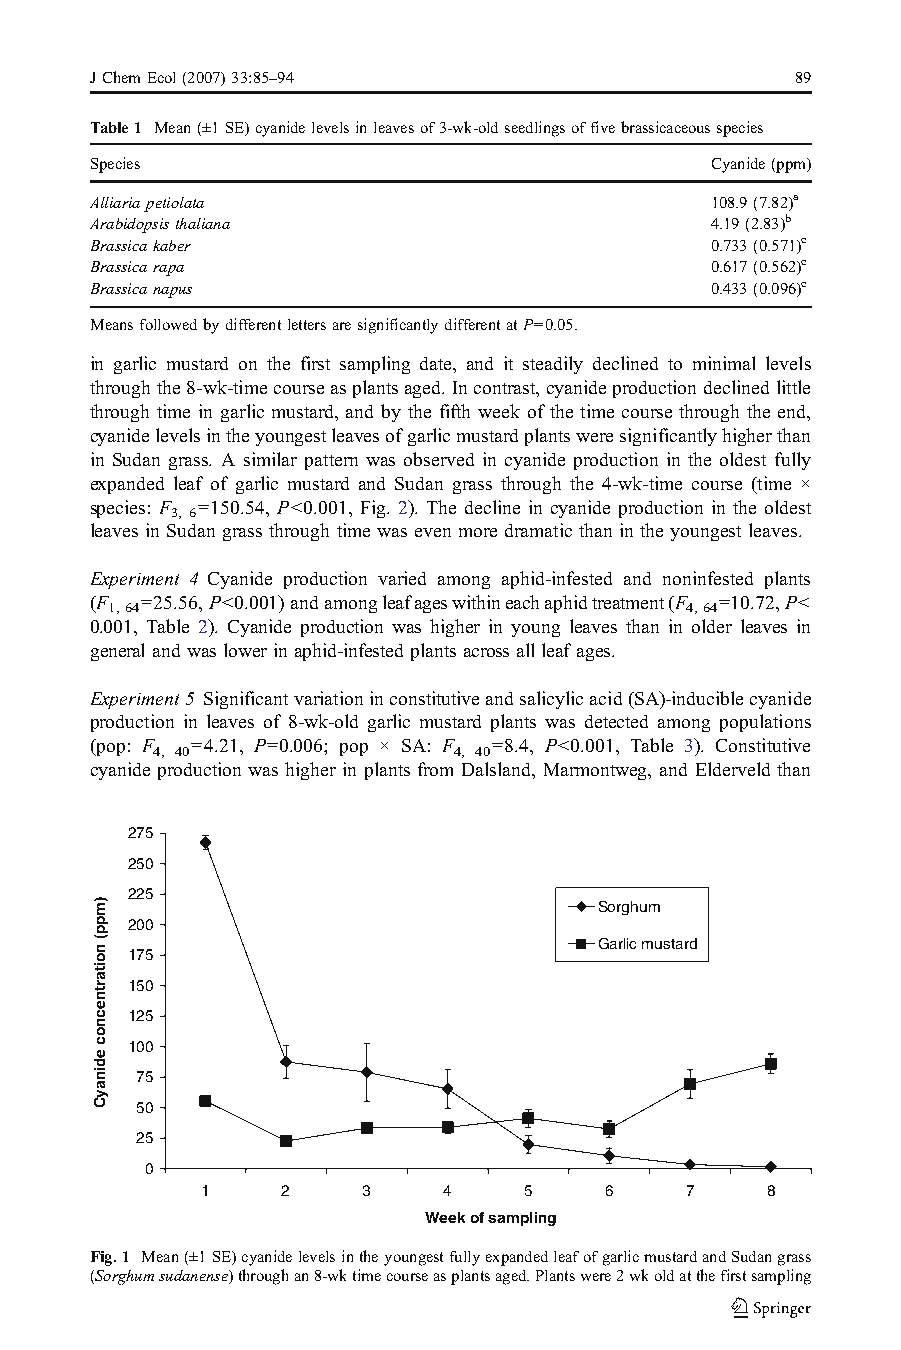
JChemEcol(2007)33:85–94                        89
 Table1 Mean(±1SE)cyanidelevelsinleavesof3-wk-oldseedlingsoffivebrassicaceousspecies
 Species                                  Cyanide(ppm)
 Alliariapetiolata                        108.9(7.82)a
 Arabidopsisthaliana                      4.19(2.83)b
 Brassicakaber                            0.733(0.571)c
 Brassicarapa                             0.617(0.562)c
 Brassicanapus                            0.433(0.096)c
 MeansfollowedbydifferentlettersaresignificantlydifferentatP=0.05.
 in garlic mustard on the first sampling date, and it steadily declined to minimal levels
 throughthe8-wk-timecourseasplantsaged.Incontrast,cyanideproductiondeclinedlittle
 through time in garlic mustard, and by the fifth week of the time course through the end,
 cyanidelevelsintheyoungestleavesofgarlicmustardplantsweresignificantlyhigherthan
 in Sudan grass. A similar pattern was observed in cyanide production in the oldest fully
 expanded leaf of garlic mustard and Sudan grass through the 4-wk-time course (time ×
 species: F =150.54, P<0.001, Fig. 2). The decline in cyanide production in the oldest
 3, 6
 leaves in Sudan grass through time was even more dramatic than in the youngest leaves.
 Experiment 4 Cyanide production varied among aphid-infested and noninfested plants
 (F =25.56,P<0.001)andamongleafageswithineachaphidtreatment(F =10.72,P<
 1,64                                  4,64
 0.001, Table 2). Cyanide production was higher in young leaves than in older leaves in
 general and was lower in aphid-infestedplantsacross all leaf ages.
 Experiment5 Significantvariationinconstitutiveandsalicylicacid(SA)-induciblecyanide
 production in leaves of 8-wk-old garlic mustard plants was detected among populations
 (pop: F =4.21, P=0.006; pop × SA: F =8.4, P<0.001, Table 3). Constitutive
 4, 40               4, 40
 cyanide production was higher in plants from Dalsland, Marmontweg, and Elderveld than
 275
 250
 225
 Sorghum
 200
 Garlic mustard
 175
 150
 125
 100
 75
 50
 25
 0
 1     2    3    4     5    6    7     8
 Week of sampling
 Fig.1 Mean(±1SE)cyanidelevelsintheyoungestfullyexpandedleafofgarlicmustardandSudangrass
 (Sorghumsudanense)throughan8-wktimecourseasplantsaged.Plantswere2wkoldatthefirstsampling
 )mpp(
 noitartnecnoc
 edinayC